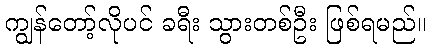
ကျွန်တော့်လိုပင် ခရီး သွားတစ်ဦး ဖြစ်ရမည်။